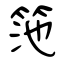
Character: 筂